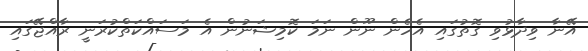
އޭނާ ވިދާޅުވި ގޮތުގައި އެހެން ނޫން ނަމަ ކޮމިޝަނުން އެ މަސައްކަތްކުރަނީ ރާއްޖޭގައި